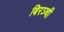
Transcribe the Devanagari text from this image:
बिरञ्ची